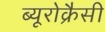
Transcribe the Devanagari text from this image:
ब्यूरोक्रैसी